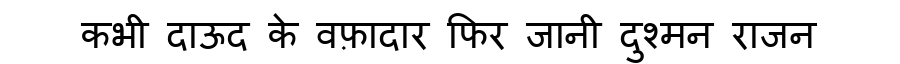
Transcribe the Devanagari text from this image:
कभी दाऊद के वफ़ादार फिर जानी दुश्मन राजन